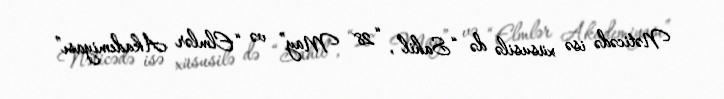
Nəticədə isə xüsusilə də “Sahil”, “28 May” və “Elmlər Akademiyası”